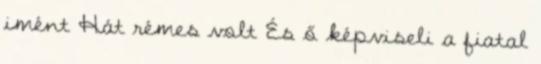
imént Hát rémes volt És ő képviseli a fiatal